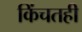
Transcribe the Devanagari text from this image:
किंचतही